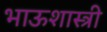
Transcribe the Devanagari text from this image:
भाऊशास्त्री